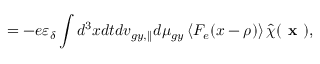
= - e \varepsilon _ { \delta } \int d ^ { 3 } x d t d v _ { g y , \parallel } d \mu _ { g y } \left\langle F _ { e } ( x - \rho ) \right\rangle \hat { \chi } ( \textbf { x } ) ,